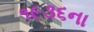
૧૯૩૬ના